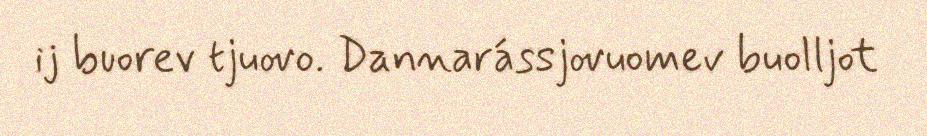
ij buorev tjuovo. Dannarássjovuomev buolljot